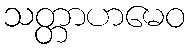
သတ္တာဟမေဝ